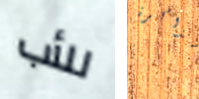
للأب بالذاكرة